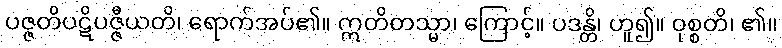
ပဇ္ဇတိပဋိပဇ္ဇီယတိ၊ ရောက်အပ်၏။ ဣတိတသ္မာ၊ ကြောင့်။ ပဒန္တိ၊ ဟူ၍။ ဝုစ္စတိ၊ ၏။